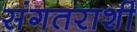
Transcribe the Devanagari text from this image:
संगतराशी